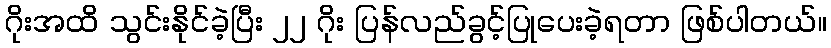
ဂိုးအထိ သွင်းနိုင်ခဲ့ပြီး ၂၂ ဂိုး ပြန်လည်ခွင့်ပြုပေးခဲ့ရတာ ဖြစ်ပါတယ်။